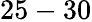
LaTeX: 25-30